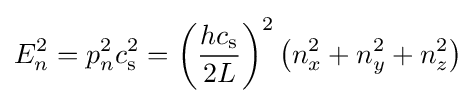
E_{n}^{2}={p_{n}^{2}c_{\rm {s}}^{2}}=\left({hc_{\rm {s}} \over 2L}\right)^{2}\left(n_{x}^{2}+n_{y}^{2}+n_{z}^{2}\right)